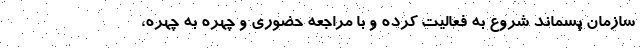
سازمان پسماند شروع به فعالیت کرده و با مراجعه حضوری و چهره به چهره،